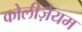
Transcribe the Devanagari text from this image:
कोलीज़ेयम